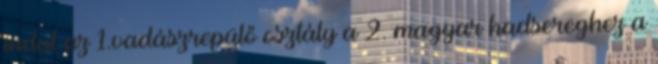
indul az 1.vadászrepülő osztály a 2. magyar hadsereghez a